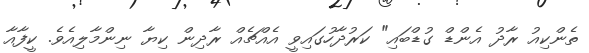
ތެންކިއު ރާދު އެންޑް ގުޑްބައި" ކަރުދާހުގައިވީ އެއްޗެއް ރާދިން ކިޔާ ނިންމާލިއެވެ. ކީފާއާ